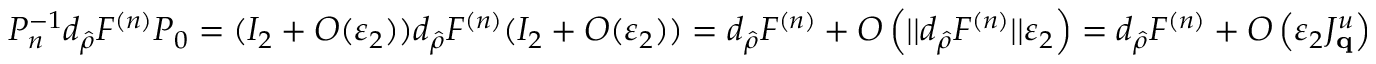
P _ { n } ^ { - 1 } d _ { \hat { \rho } } F ^ { ( n ) } P _ { 0 } = ( I _ { 2 } + O ( \varepsilon _ { 2 } ) ) d _ { \hat { \rho } } F ^ { ( n ) } ( I _ { 2 } + O ( \varepsilon _ { 2 } ) ) = d _ { \hat { \rho } } F ^ { ( n ) } + O \left( | | d _ { \hat { \rho } } F ^ { ( n ) } | | \varepsilon _ { 2 } \right) = d _ { \hat { \rho } } F ^ { ( n ) } + O \left( \varepsilon _ { 2 } J _ { \mathbf { q } } ^ { u } \right)